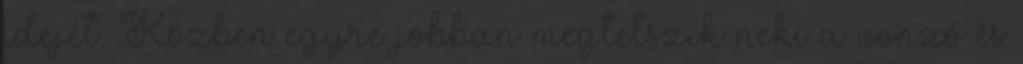
idejét. Közben egyre jobban megtetszik neki a vonzó és